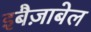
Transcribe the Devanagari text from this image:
इबैज़ाबेल